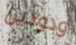
ودودين